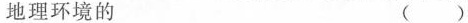
地理环境的 ()